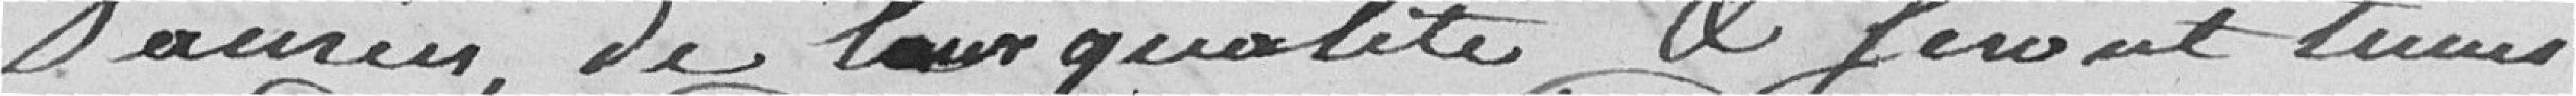
denrées, de leur qualité et seront tenus